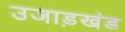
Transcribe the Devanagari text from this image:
उजाड़खंड